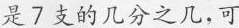
是7支的几分之几，可